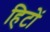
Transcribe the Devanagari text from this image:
हिटों